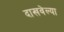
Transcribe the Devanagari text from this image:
दाखवेल्या